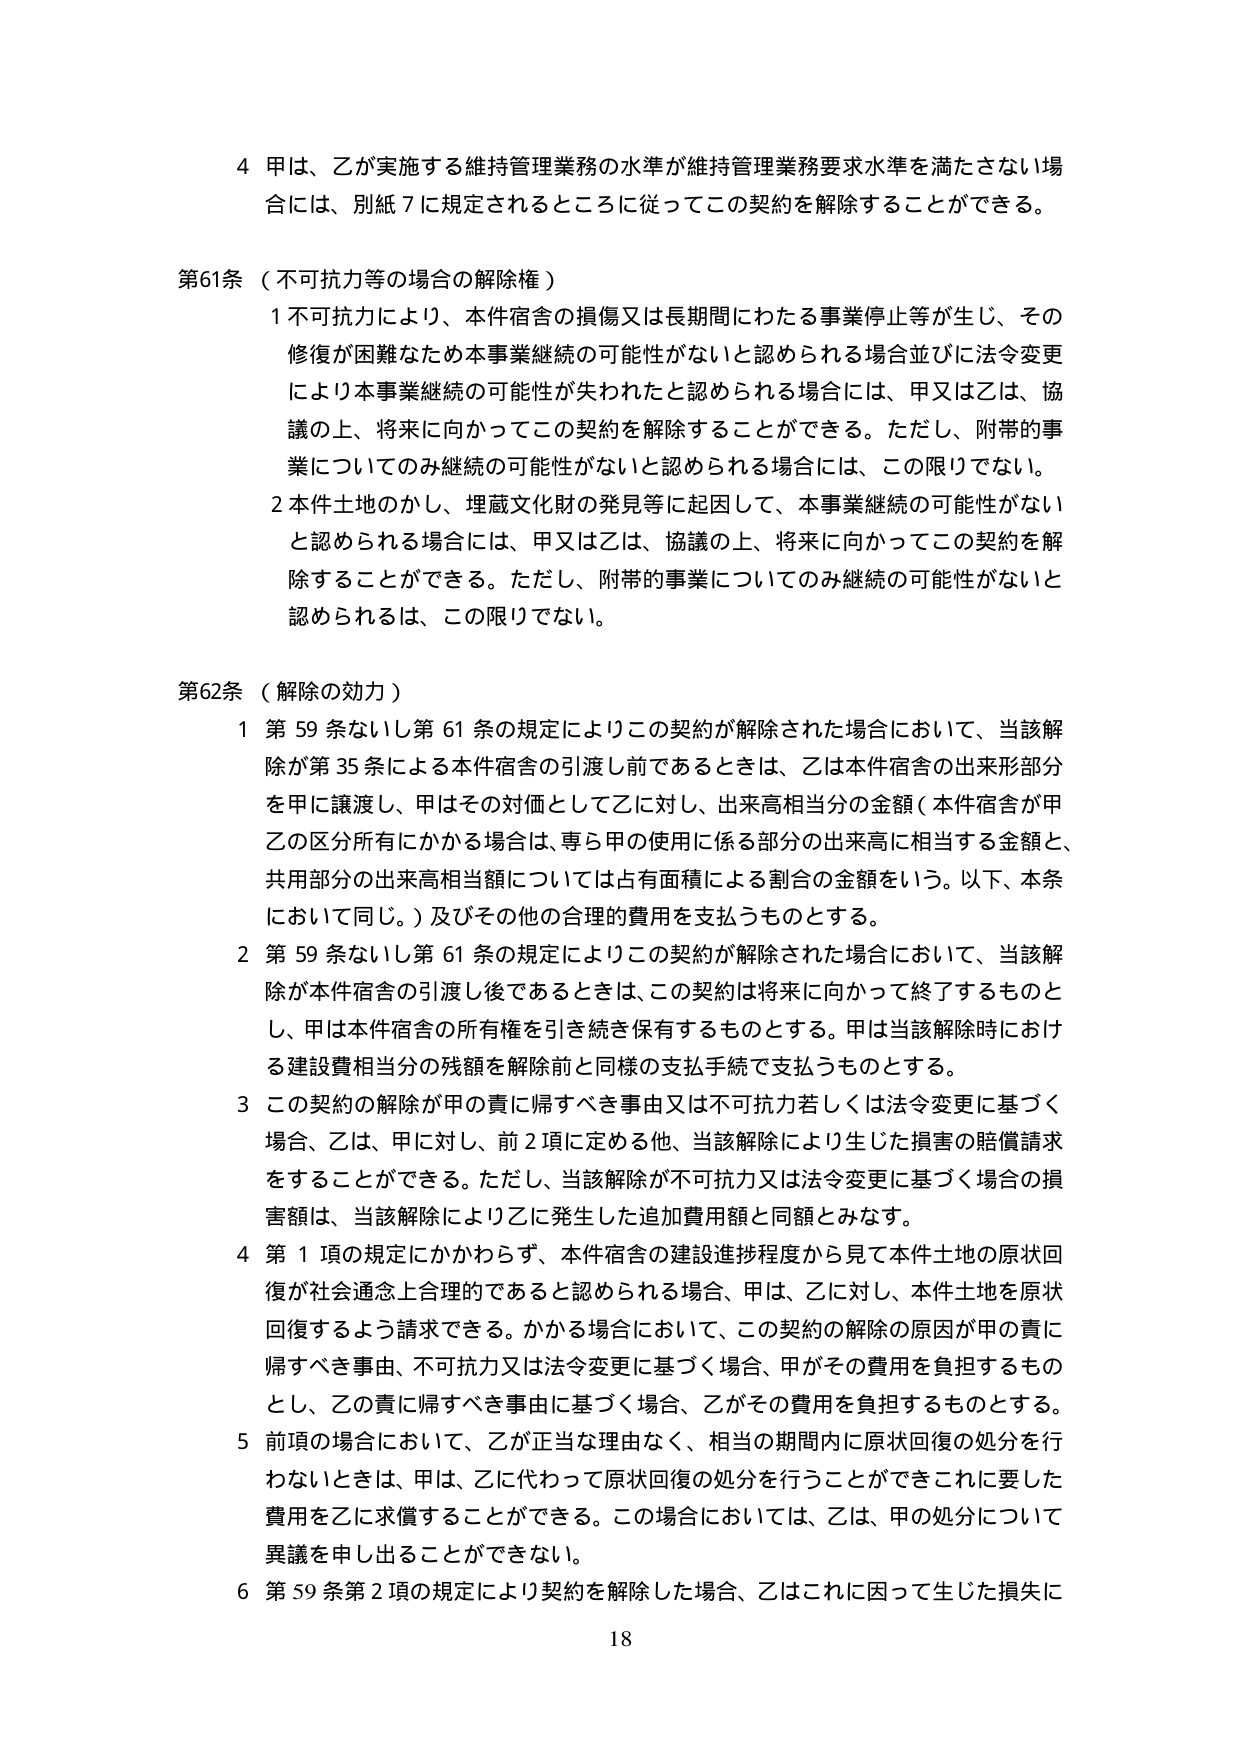
4 甲は、乙が実施する維持管理業務の水準が維持管理業務要求水準を満たさない場合には、別紙7に規定されるところに従ってこの契約を解除することができる。

第61条（不可抗力等の場合の解除権）
1 不可抗力により、本件宿舎の損傷又は長期間にわたる事業停止等が生じ、その修復が困難なため本事業継続の可能性がないと認められる場合並びに法令変更により本事業継続の可能性が失われたと認められる場合には、甲又は乙は、協議の上、将来に向かってこの契約を解除することができる。ただし、附帯的事業についてのみ継続の可能性がないと認められる場合には、この限りでない。
2 本件土地のかし、埋蔵文化財の発見等に起因して、本事業継続の可能性がないと認められる場合には、甲又は乙は、協議の上、将来に向かってこの契約を解除することができる。ただし、附帯的事業についてのみ継続の可能性がないと認められるは、この限りでない。

第62条（解除の効力）
1 第59条ないし第61条の規定によりこの契約が解除された場合において、当該解除が第35条による本件宿舎の引渡し前であるときは、乙は本件宿舎の出来形部分を甲に譲渡し、甲はその対価として乙に対し、出来高相当分の金額（本件宿舎が甲乙の区分所有にかかる場合は、専ら甲の使用に係る部分の出来高に相当する金額と、共用部分の出来高相当額については占有面積による割合の金額をいう。以下、本条において同じ。）及びその他の合理的費用を支払うものとする。
2 第59条ないし第61条の規定によりこの契約が解除された場合において、当該解除が本件宿舎の引渡し後であるときは、この契約は将来に向かって終了するものとし、甲は本件宿舎の所有権を引き続き保有するものとする。甲は当該解除時における建設費相当分の残額を解除前と同様の支払手続で支払うものとする。
3 この契約の解除が甲の責に帰すべき事由又は不可抗力若しくは法令変更に基づく場合、乙は、甲に対し、前2項に定める他、当該解除により生じた損害の賠償請求をすることができる。ただし、当該解除が不可抗力又は法令変更に基づく場合の損害額は、当該解除により乙に発生した追加費用額と同額とみなす。
4 第1項の規定にかかわらず、本件宿舎の建設進捗程度から見て本件土地の原状回復が社会通念上合理的であると認められる場合、甲は、乙に対し、本件土地を原状回復するよう請求できる。かかる場合において、この契約の解除の原因が甲の責に帰すべき事由、不可抗力又は法令変更に基づく場合、甲がその費用を負担するものとし、乙の責に帰すべき事由に基づく場合、乙がその費用を負担するものとする。
5 前項の場合において、乙が正当な理由なく、相当の期間内に原状回復の処分を行わないときは、甲は、乙に代わって原状回復の処分を行うことができこれに要した費用を乙に求償することができる。この場合においては、乙は、甲の処分について異議を申し出ることができない。
6 第59条第2項の規定により契約を解除した場合、乙はこれに因って生じた損失に

18